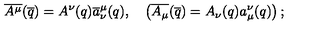
\overline { { A ^ { \mu } } } ( \overline { { q } } ) = A ^ { \nu } ( q ) \overline { { a } } _ { \nu } ^ { \mu } ( q ) , \quad \left( \overline { { A _ { \mu } } } ( \overline { { q } } ) = A _ { \nu } ( q ) { a } _ { \mu } ^ { \nu } ( q ) \right) ;